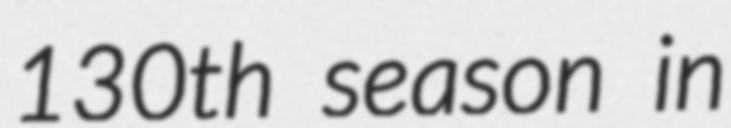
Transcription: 130th season in